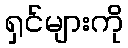
ရှင်များကို